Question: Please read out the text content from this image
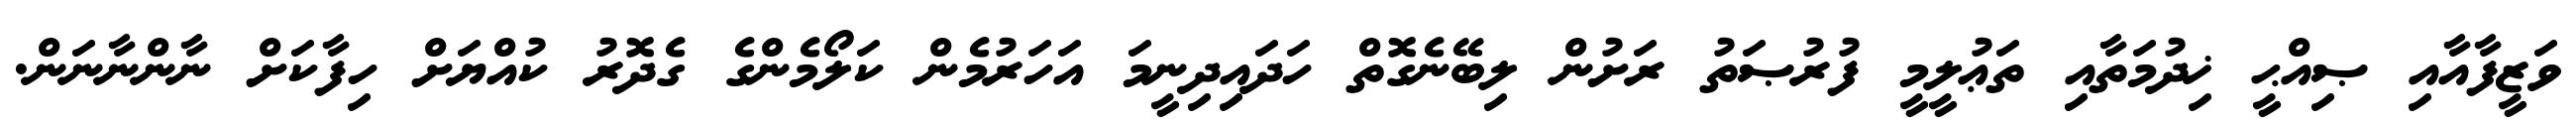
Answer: ވަޒީފާއާއި ޞިއްޙީ ޚިދުމަތާއި ތަޢުލީމީ ފުރުޞަތު ރަށުން ލިބޭނެގޮތް ހަދައިދިނީމަ އަހަރުމެން ކަލޯމެންގެ ގެދޮރު ކުއްޔަށް ހިފާކަށް ނާންނާނަން.